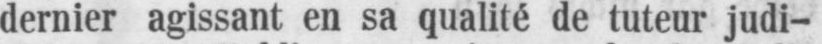
dernier agissant en sa qualité de tuteur judi-